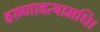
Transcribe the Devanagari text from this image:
वरुणावत्यामधि।